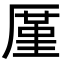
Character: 厪